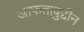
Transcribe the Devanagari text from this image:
आफताबुद्दीन